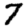
Digit: 7